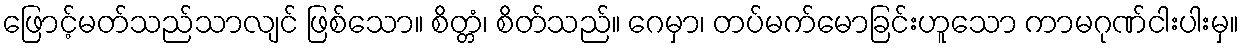
ဖြောင့်မတ်သည်သာလျင် ဖြစ်သော။ စိတ္တံ၊ စိတ်သည်။ ဂေမှာ၊ တပ်မက်မောခြင်းဟူသော ကာမဂုဏ်ငါးပါးမှ။